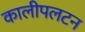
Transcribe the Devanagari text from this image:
कालीपलटन